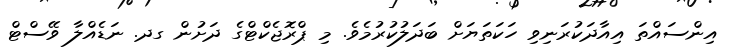
އިންސައްތަ އިއާދަކުރަނިވި ހަކަތަޔަށް ބަދަލުކުރުމެވެ. މި ޕްރޮޖެކްޓްގެ ދަށުން ގދ. ނަޑެއްލާ ވޭސްޓް